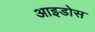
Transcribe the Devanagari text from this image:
आइडोस